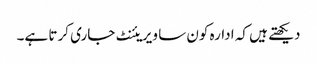
دیکھتے ہیں کہ ادارہ کون سا ویریئنٹ جاری کرتا ہے۔